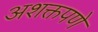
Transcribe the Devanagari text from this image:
अशक्तपणे